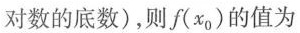
对数的底数)，则f(x_{0})的值为